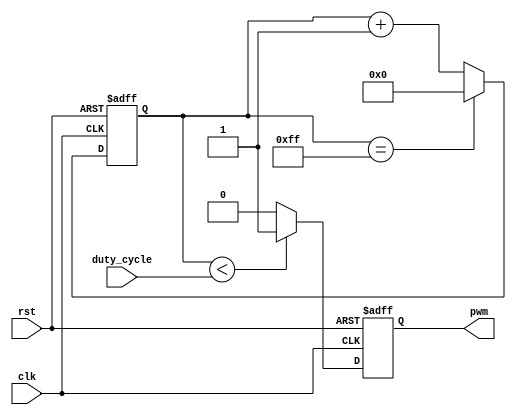
module pwm_generator(
  input clk,
  input rst,
  input [7:0] duty_cycle,
  output reg pwm
);

reg [7:0] counter;

always @ (posedge clk or posedge rst) begin
  if (rst) begin
    counter <= 8'h00;
    pwm <= 1'b0;
  end else begin
    if (counter == 8'hFF) begin
      counter <= 8'h00;
    end else begin
      counter <= counter + 1;
    end
    
    if (counter < duty_cycle) begin
      pwm <= 1'b1;
    end else begin
      pwm <= 1'b0;
    end
  end
end

endmodule